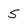
Character: s